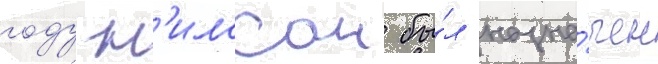
году н'илссон бы́л назна́чен